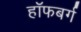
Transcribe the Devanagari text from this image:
हॉफबर्ग